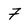
Character: 7